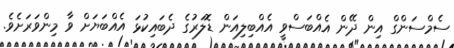
ސެމްސަންގް އިން ދޭން އެއްބަސްވީ އެއްބިލިއަން ޑޮލަރުގެ ދެބައިކުޅަ އެއްބަޔަށް ވާ މިންވަރަށެވެ.